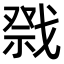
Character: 𭟷